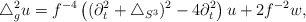
\begin{align*}\triangle^2_g u= f^{-4}\left( (\partial_t^2+\triangle_{S^3})^2 -4 \partial_t^2 \right)u + 2 f^{-2} w,\end{align*}